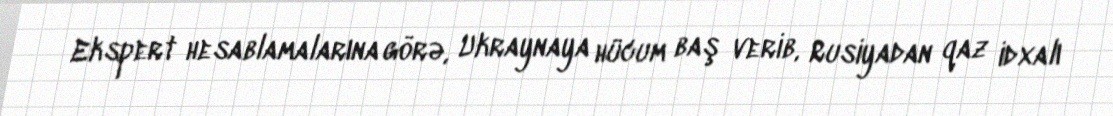
Ekspert hesablamalarına görə, Ukraynaya hücum baş verib, Rusiyadan qaz idxalı